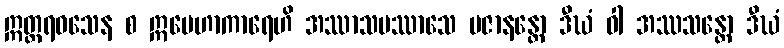
ဣတ္တရဝသေန စ ဣမေဟာကာရေဟိ အဿာသပဿာသေ ပဇာနန္တော ဒီဃံ ဝါ အဿသန္တော ဒီဃံ